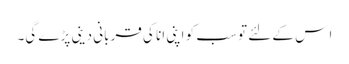
ا س کے لئے تو سب کو اپنی انا کی قربانی دینی پڑے گی۔